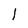
Character: l